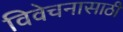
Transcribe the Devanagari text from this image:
विवेचनासाठी